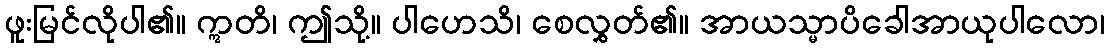
ဖူးမြင်လိုပါ၏။ ဣတိ၊ ဤသို့။ ပါဟေသိ၊ စေလွှတ်၏။ အာယသ္မာပိခေါအာယုပါလော၊